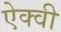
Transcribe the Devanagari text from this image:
ऐक्वी